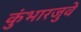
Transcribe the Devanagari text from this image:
कुंभारजुवे